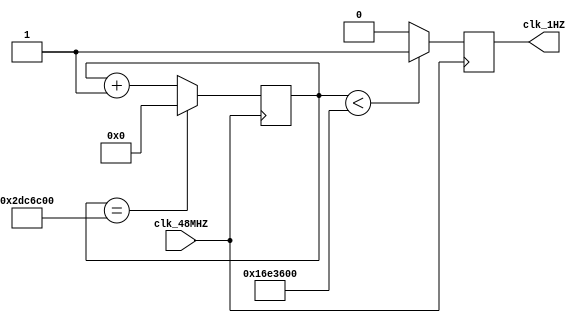
module clock_div(clk_48MHZ, clk_1HZ); //reduce clock frequency
    input clk_48MHZ;
    output reg clk_1HZ;
    reg[31:0] counter_1HZ;

    always@(posedge clk_48MHZ) begin
		if(counter_1HZ == 32'd48000_000)
			counter_1HZ <= 32'd0; //return to 0
        else
			counter_1HZ <= counter_1HZ + 32'b1; //plus 1 repeatedly
        
		if(counter_1HZ < 32'd24000_000)
			clk_1HZ <= 1'd1;
		else
			clk_1HZ <= 1'd0; 
    end

endmodule